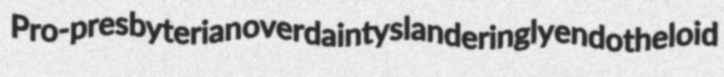
Pro-presbyterian overdainty slanderingly endotheloid